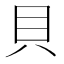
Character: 貝